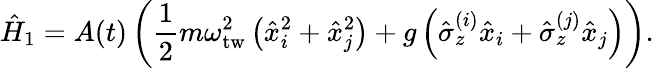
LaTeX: \hat{H}_{1}=A(t)\left(\frac{1}{2}m\omega_{\mathrm{tw}}^{2}\left(\hat{x}_{i}^{2}+\hat{x}_{j}^{2}\right)+g\left(\hat{\sigma}_{z}^{(i)}\hat{x}_{i}+\hat{\sigma}_{z}^{(j)}\hat{x}_{j}\right)\right).